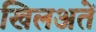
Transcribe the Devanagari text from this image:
खिलअतें